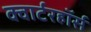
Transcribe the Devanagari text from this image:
क्वार्टरहॉर्स